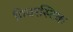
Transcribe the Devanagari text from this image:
गियरस्टिक